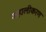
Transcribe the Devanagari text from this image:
जहालीकरण